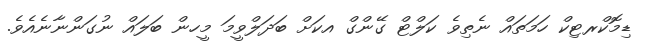
ޑިމޮކްރޓިކް ހަމަތައް ނެތިވެ ކަލްޓް ގޭންގް އކަށް ބަދަލްވީމަ މީހން ބަލައް ނުގަންނާނެއެވެ.